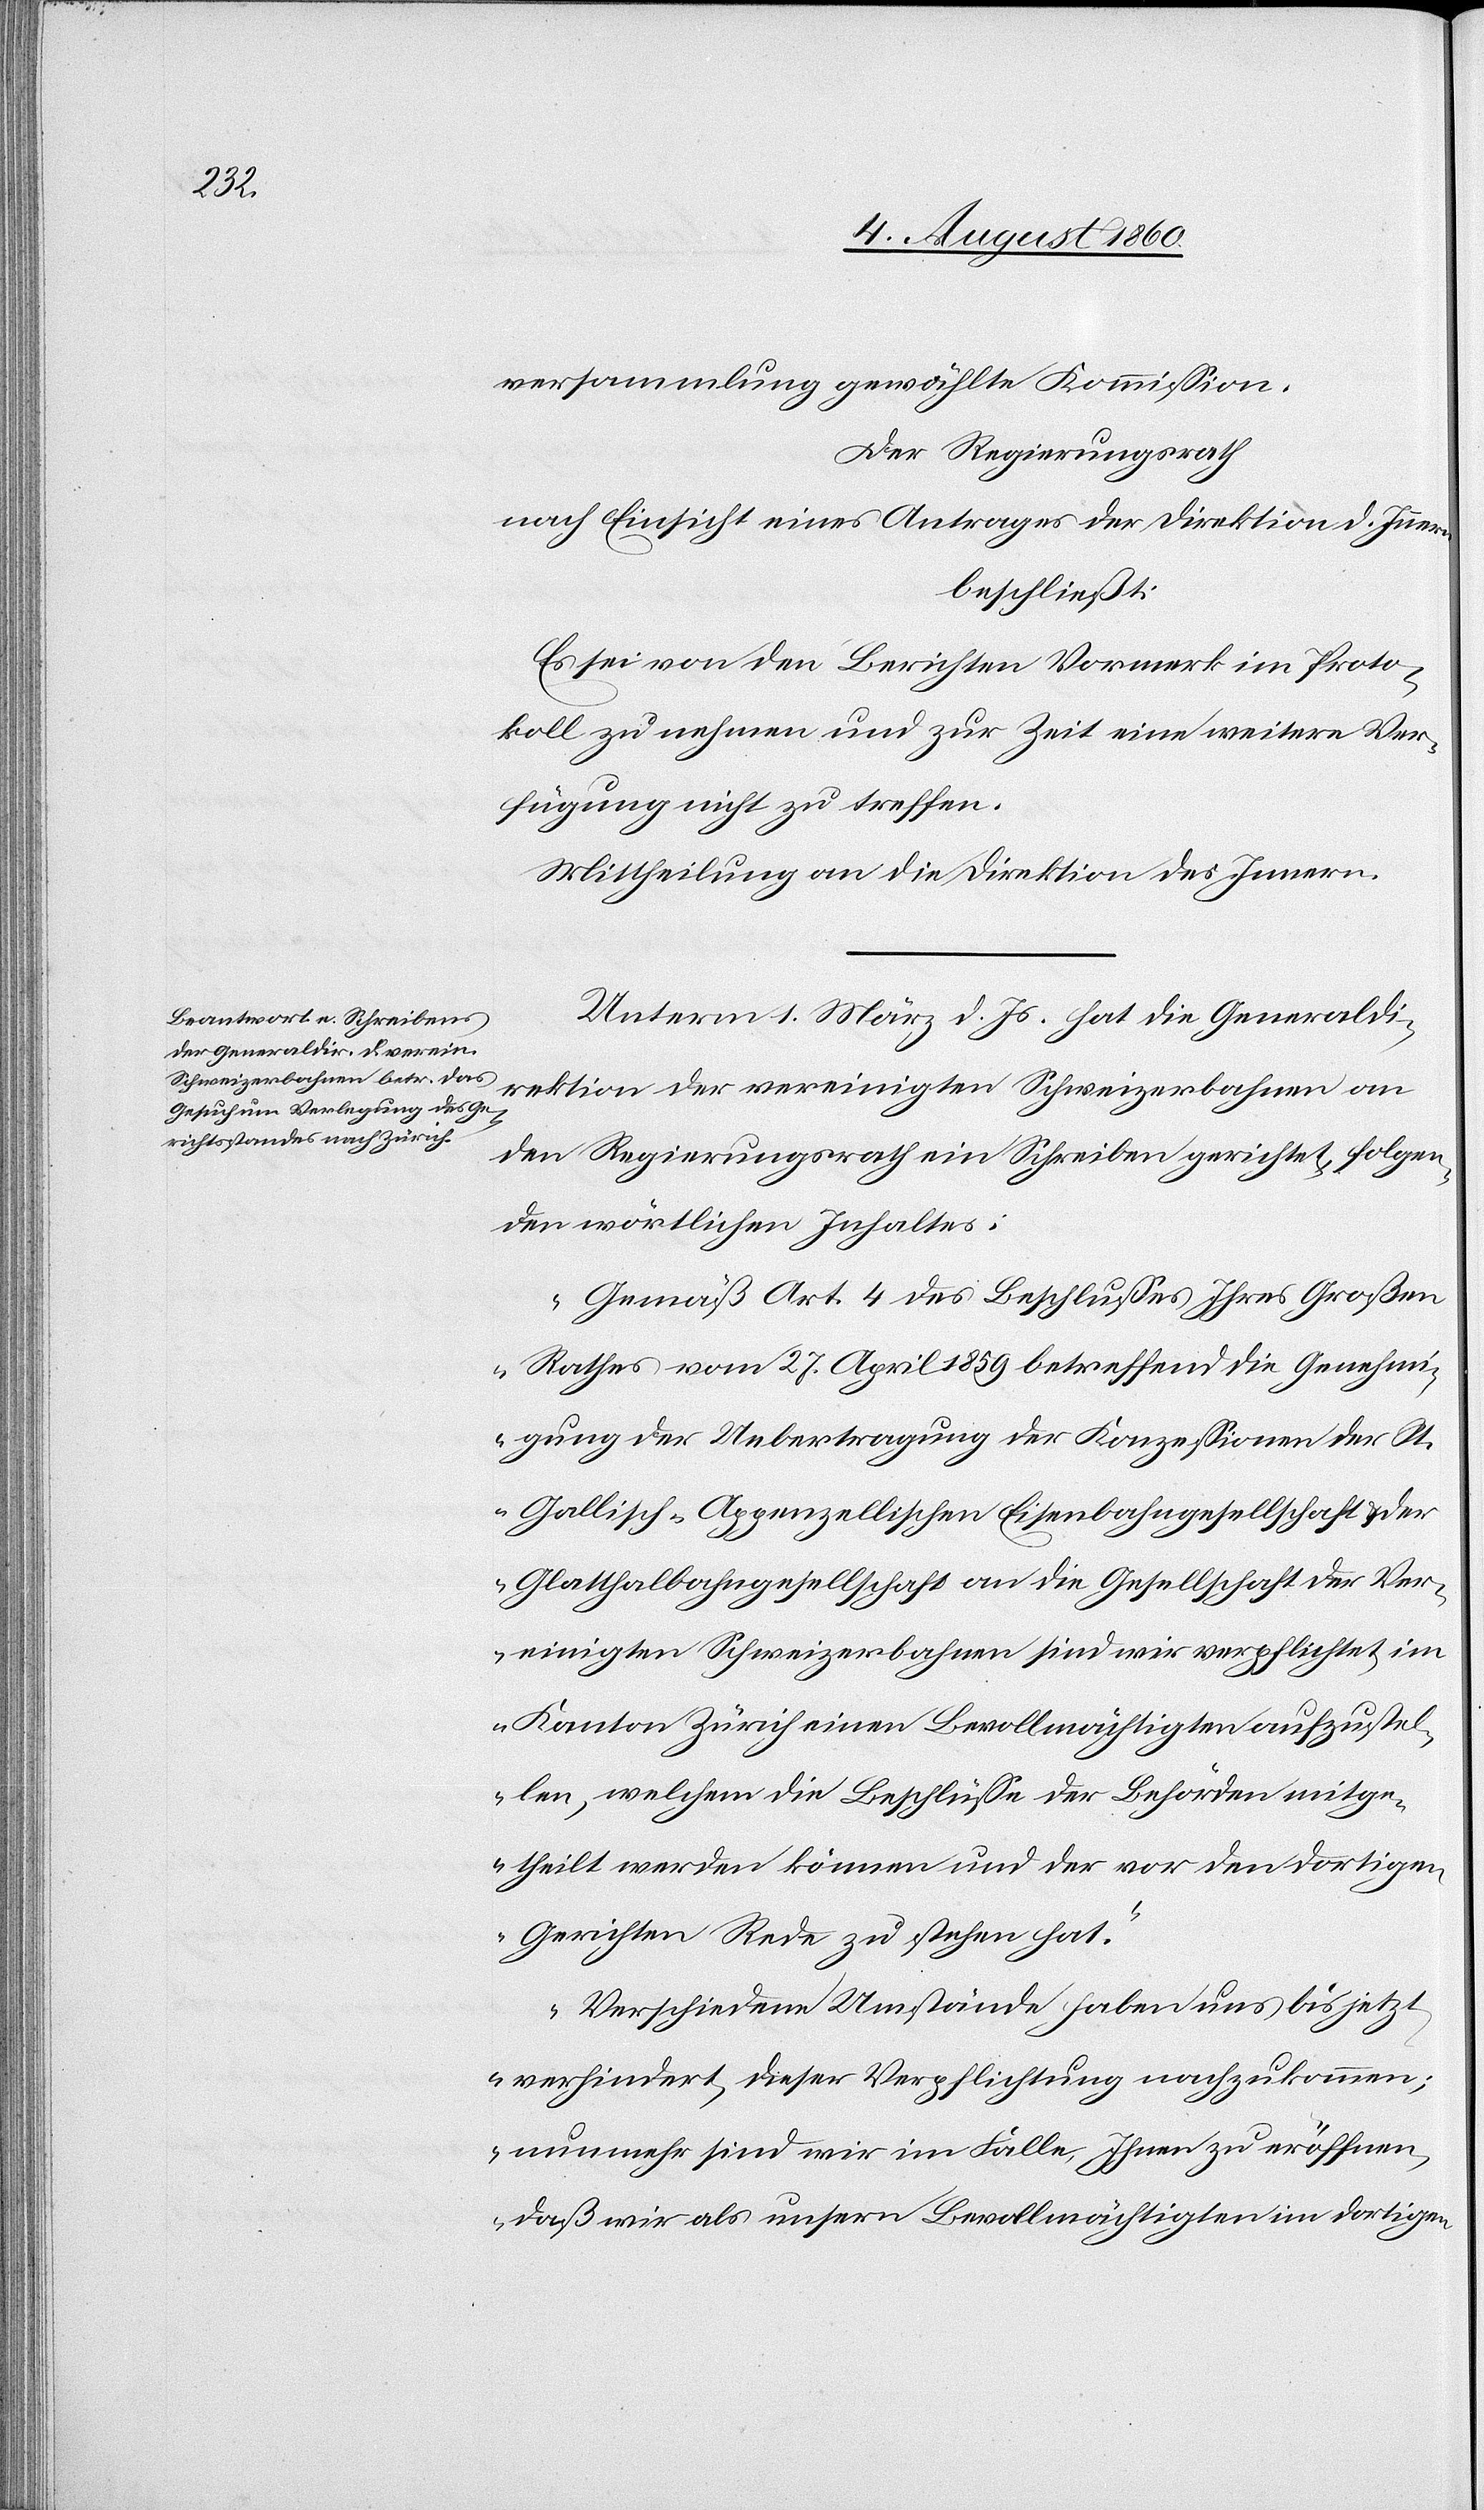
meinds¬

versammlung gewählte Kommission.
Der Regierungsrath
nach Einsicht eines Antrages der Direktion des Innern,
beschliesst:
Es sei von den Berichten Vormerk im Proto¬
koll zu nehmen und zur Zeit eine weitere Ver¬
fügung nicht zu treffen.
Mittheilung an die Direktion des Innern.
Unterm 1. März d. Js. hat die Generaldi¬
rektion der Vereinigten Schweizerbahnen an
den Regierungsrath ein Schreiben gerichtet, folgen¬
den wörtlichen Inhaltes:
„Gemäss Art. 4 des Beschlusses Ihres Großen
Rathes vom 27. April 1859 betreffend die Genehmi¬
gung der Uebertragung der Konzessionen der St.
Gallisch-Appenzellischen Eisenbahngesellschaft u. der
Glatthalbahngesellschaft an die Gesellschaft der Ver¬
einigten Schweizerbahnen sind wir verpflichtet im
Kanton Zürich einen Bevollmächtigten aufzustel¬
len, welchem die Beschlüsse der Behörden mitge¬
theilt werden können und der von den dortigen
Gerichten Rede zu stehen hat.
Verschiedene Umstände haben uns bis jetzt
verhindert, dieser Verpflichtung nachzukommen;
nunmehr sind wir im Falle, Ihnen zu eröffnen,
dass wir als unsern Bevollmächtigten im dortigen